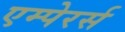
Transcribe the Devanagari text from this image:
एम्पेरर्स